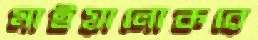
মাইয়ালোকরে